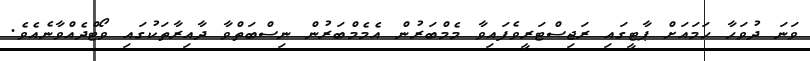
ވަނަ ދުވަހާ ހަމައަށް ޕާޓީގައި ރަޖިސްޓަރީވެފައިވާ މެމްބަރުން އެމެމްބަރުން ނިސްބަތްވާ ދާއިރާތަކުގައި ވޯޓްދެއްވާނެއެވެ.